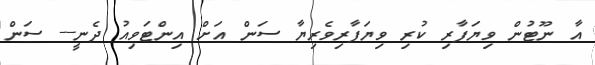
އާ ނޫޓުން ވިޔަފާރި ކުރި ވިޔަފާރިވެރިޔާ ސަން އަށް އިންޓަވިއު ދެނީ-- ސަން